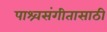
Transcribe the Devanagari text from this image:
पाश्र्वसंगीतासाठी